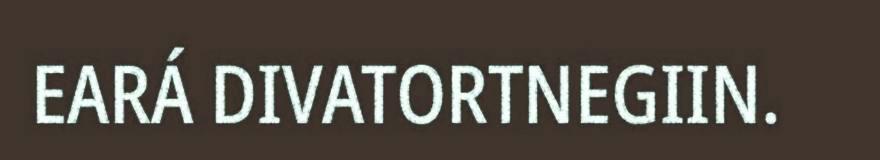
EARÁ DIVATORTNEGIIN.